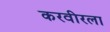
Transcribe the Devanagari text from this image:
करवीरला